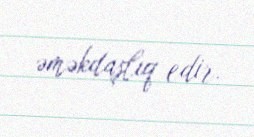
əməkdaşlıq edir.